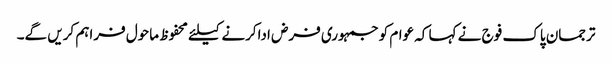
ترجمان پاک فوج نے کہا کہ عوام کوجمہوری فرض اداکرنے کیلئے محفوظ ماحول فراہم کریں گے۔